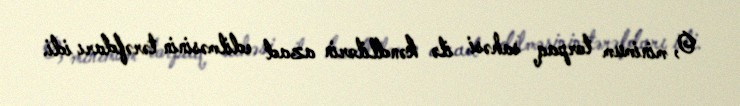
O, minimum torpaq sahəsi ilə kəndlilərin azad edilməsinin tərəfdarı idi.